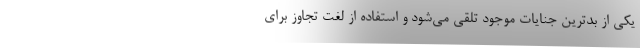
یکی از بدترین جنایات موجود تلقی می‌شود و استفاده از لغت تجاوز برای